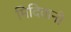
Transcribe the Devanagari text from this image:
मिदिवानी